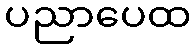
ပညာပေထ